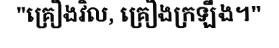
"គ្រឿងវិល, គ្រឿងក្រឡឹង។"